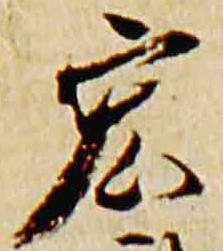
宏